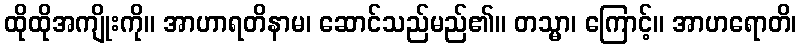
ထိုထိုအကျိုးကို။ အာဟာရတိနာမ၊ ဆောင်သည်မည်၏။ တသ္မာ၊ ကြောင့်။ အာဟရောတိ၊